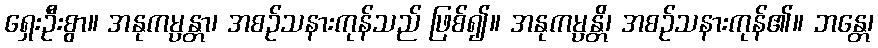
ရှေးဦးစွာ။ အနုကမ္ပန္တာ၊ အစဉ်သနားကုန်သည် ဖြစ်၍။ အနုကမ္ပန္တိ၊ အစဉ်သနားကုန်၏။ ဘန္တေ၊